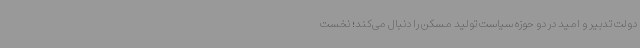
دولت تدبیر و امید در دو حوزه سیاست تولید مسکن را دنبال می‌کند؛ نخست